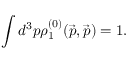
\int d ^ { 3 } p \rho _ { 1 } ^ { ( 0 ) } ( \vec { p } , \vec { p } ) = 1 .